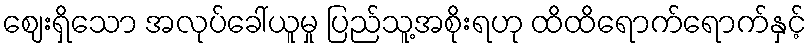
ဈေးရှိသော အလုပ်ခေါ်ယူမှု ပြည်သူ့အစိုးရဟု ထိထိရောက်ရောက်နှင့်